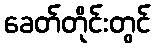
ခေတ်တိုင်းတွင်